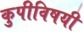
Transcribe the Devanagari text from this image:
कुपीविषयी